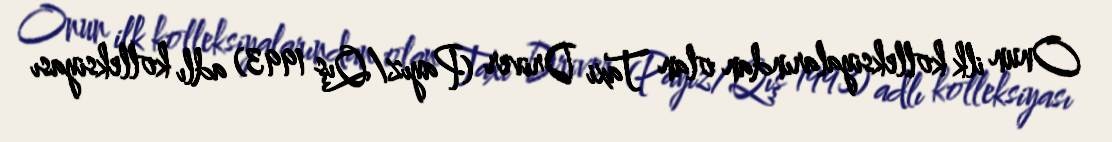
Onun ilk kolleksiyalarından olan Taxi Driver (Payız/Qış 1993) adlı kolleksiyası